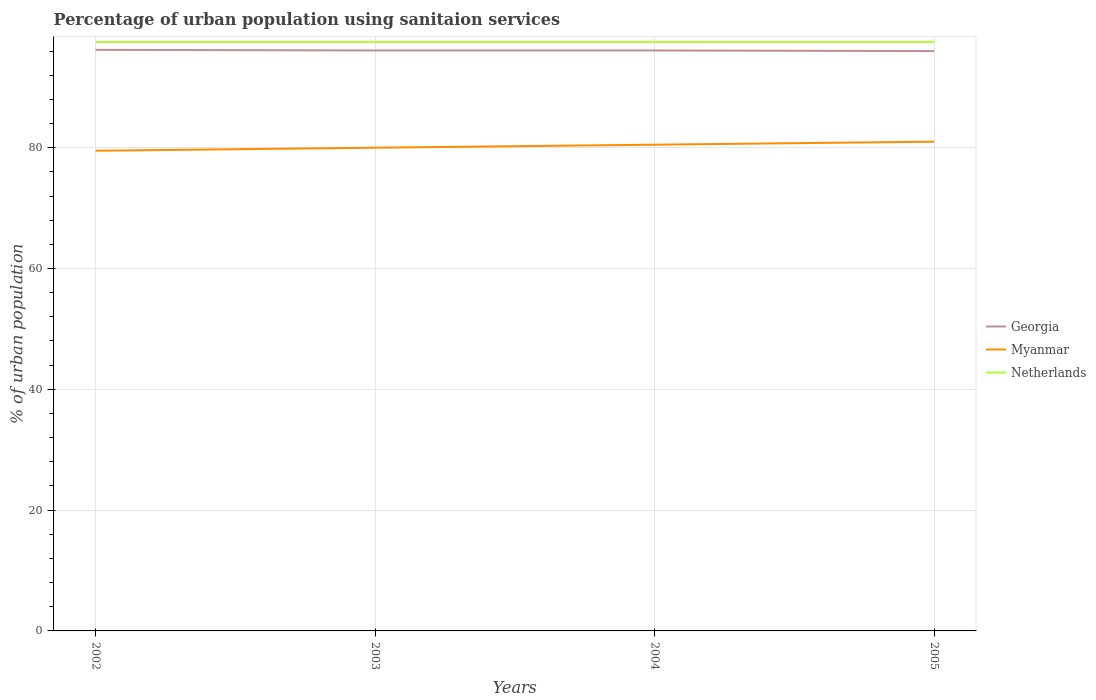
| Years | Georgia | Myanmar | Netherlands |
 | --- | --- | --- | --- |
 | 2002 | 96.2 | 79.5 | 97.5 |
 | 2003 | 96.1 | 80 | 97.5 |
 | 2004 | 96.1 | 80.5 | 97.5 |
 | 2005 | 96 | 81 | 97.5 |